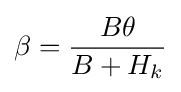
\beta ={\frac {B\theta }{B+H_{k}}}